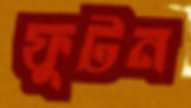
ফুটন